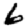
Digit: 6